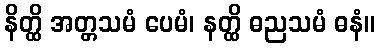
နိတ္ထိ အတ္တသမံ ပေမံ၊ နတ္ထိ ဓညသမံ ဓနံ။